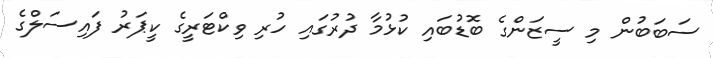
ސަބަބުން މި ސީޒަންގެ ބޮޑުބައި ކުޅުމާ ދުރުގައި ހުރި ވިކްޓަރީގެ ކީޕަރު ފައިސަލްގެ